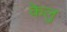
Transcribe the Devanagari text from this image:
केलु